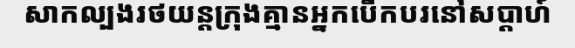
សាកល្បងរថយន្តក្រុងគ្មានអ្នកបើកបរនៅសប្តាហ៍